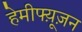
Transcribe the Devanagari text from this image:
हेमीफ्य़ूज़न